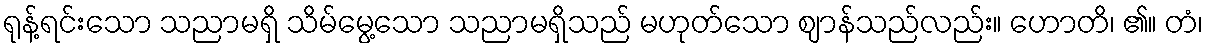
ရုန့်ရင်းသော သညာမရှိ သိမ်မွေ့သော သညာမရှိသည် မဟုတ်သော ဈာန်သည်လည်း။ ဟောတိ၊ ၏။ တံ၊